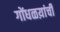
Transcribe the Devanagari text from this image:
गोंधळय़ांची